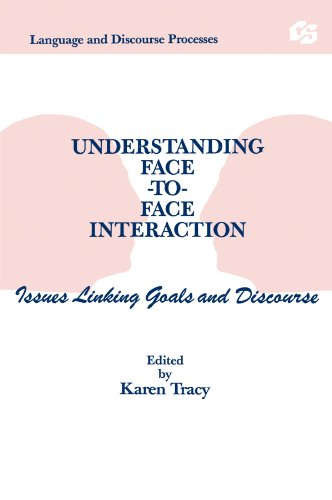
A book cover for Understanding Face-to-face Interaction: Issues Linking Goals and Discourse (Routledge Communication Series); Medical Books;